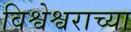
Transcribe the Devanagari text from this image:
विश्वेश्वराच्या